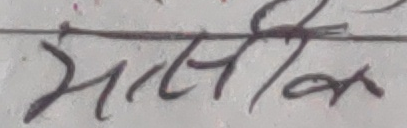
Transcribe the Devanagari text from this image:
असिफ